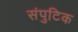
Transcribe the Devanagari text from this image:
संपुटिक